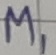
Text: M1